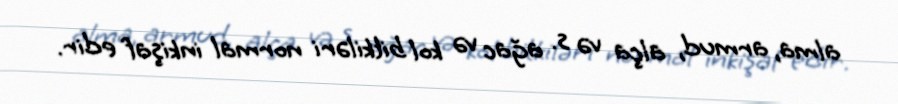
alma, armud, alça və s. ağac və kol bitkiləri normal inkişaf edir.